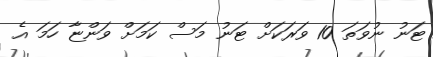
ޓަނު ނުވަތަ 10 ވަރަކަށް ޓަނު މަސް ކަމަށް ވަންޏާ ހަމަ އެ